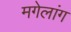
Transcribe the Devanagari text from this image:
मगेलांग